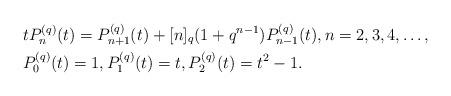
LaTeX: \begin{align*}&t P_n^{( q)}(t) = P_{n+1}^{( q)}(t) +[n]_q(1 + q^{n-1})P_{n-1}^{( q)}(t), n= 2,3,4,\dots, \\& P_0^{(q)}(t)=1, P_1^{( q)}(t) =t, P_{2}^{( q)}(t)=t^2-1. \end{align*}